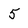
Character: 5